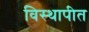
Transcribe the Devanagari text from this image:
विस्थापीत